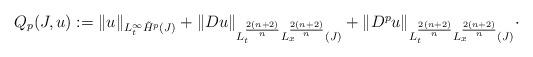
LaTeX: \begin{align*}\begin{array}{l}Q_{p}(J,u) := \| u \|_{L_{t}^{\infty} \tilde{H}^{p}(J)} + \| D u \|_{L_{t}^{\frac{2(n+2)}{n}} L_{x}^{\frac{2(n+2)}{n}} (J)} + \| D^{p} u\|_{L_{t}^{\frac{2(n+2)}{n}} L_{x}^{\frac{2(n+2)}{n}} (J) } \cdot\end{array}\end{align*}